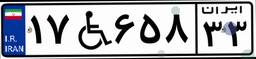
۱۷W۶۵۸۳۳